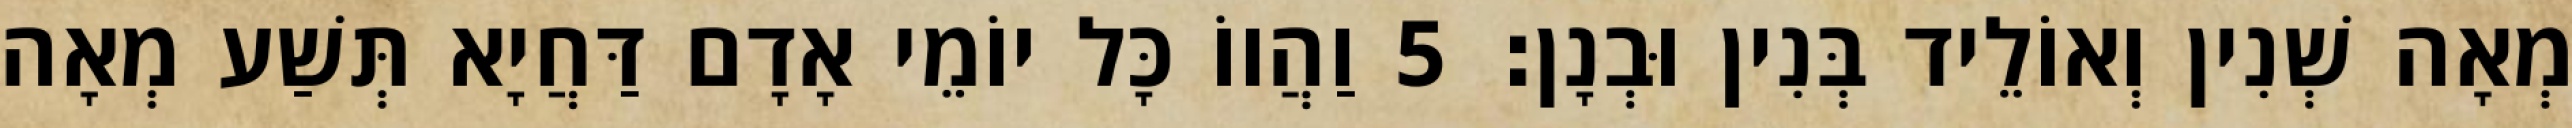
מְאָה שְׁנִין וְאוֹלֵיד בְּנִין וּבְנָן׃ 5 וַהֲווֹ כָּל יוֹמֵי אָדָם דַּחֲיָא תְּשַׁע מְאָה